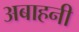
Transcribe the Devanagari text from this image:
अबाहनी